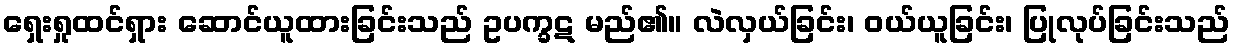
ရှေးရှုထင်ရှား ဆောင်ယူထားခြင်းသည် ဥပက္ခဋ မည်၏။ လဲလှယ်ခြင်း၊ ဝယ်ယူခြင်း၊ ပြုလုပ်ခြင်းသည်